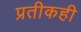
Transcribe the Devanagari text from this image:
प्रतीकही